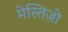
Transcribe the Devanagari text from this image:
मेस्तिज़ो